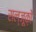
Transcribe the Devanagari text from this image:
सल्जूक़ों